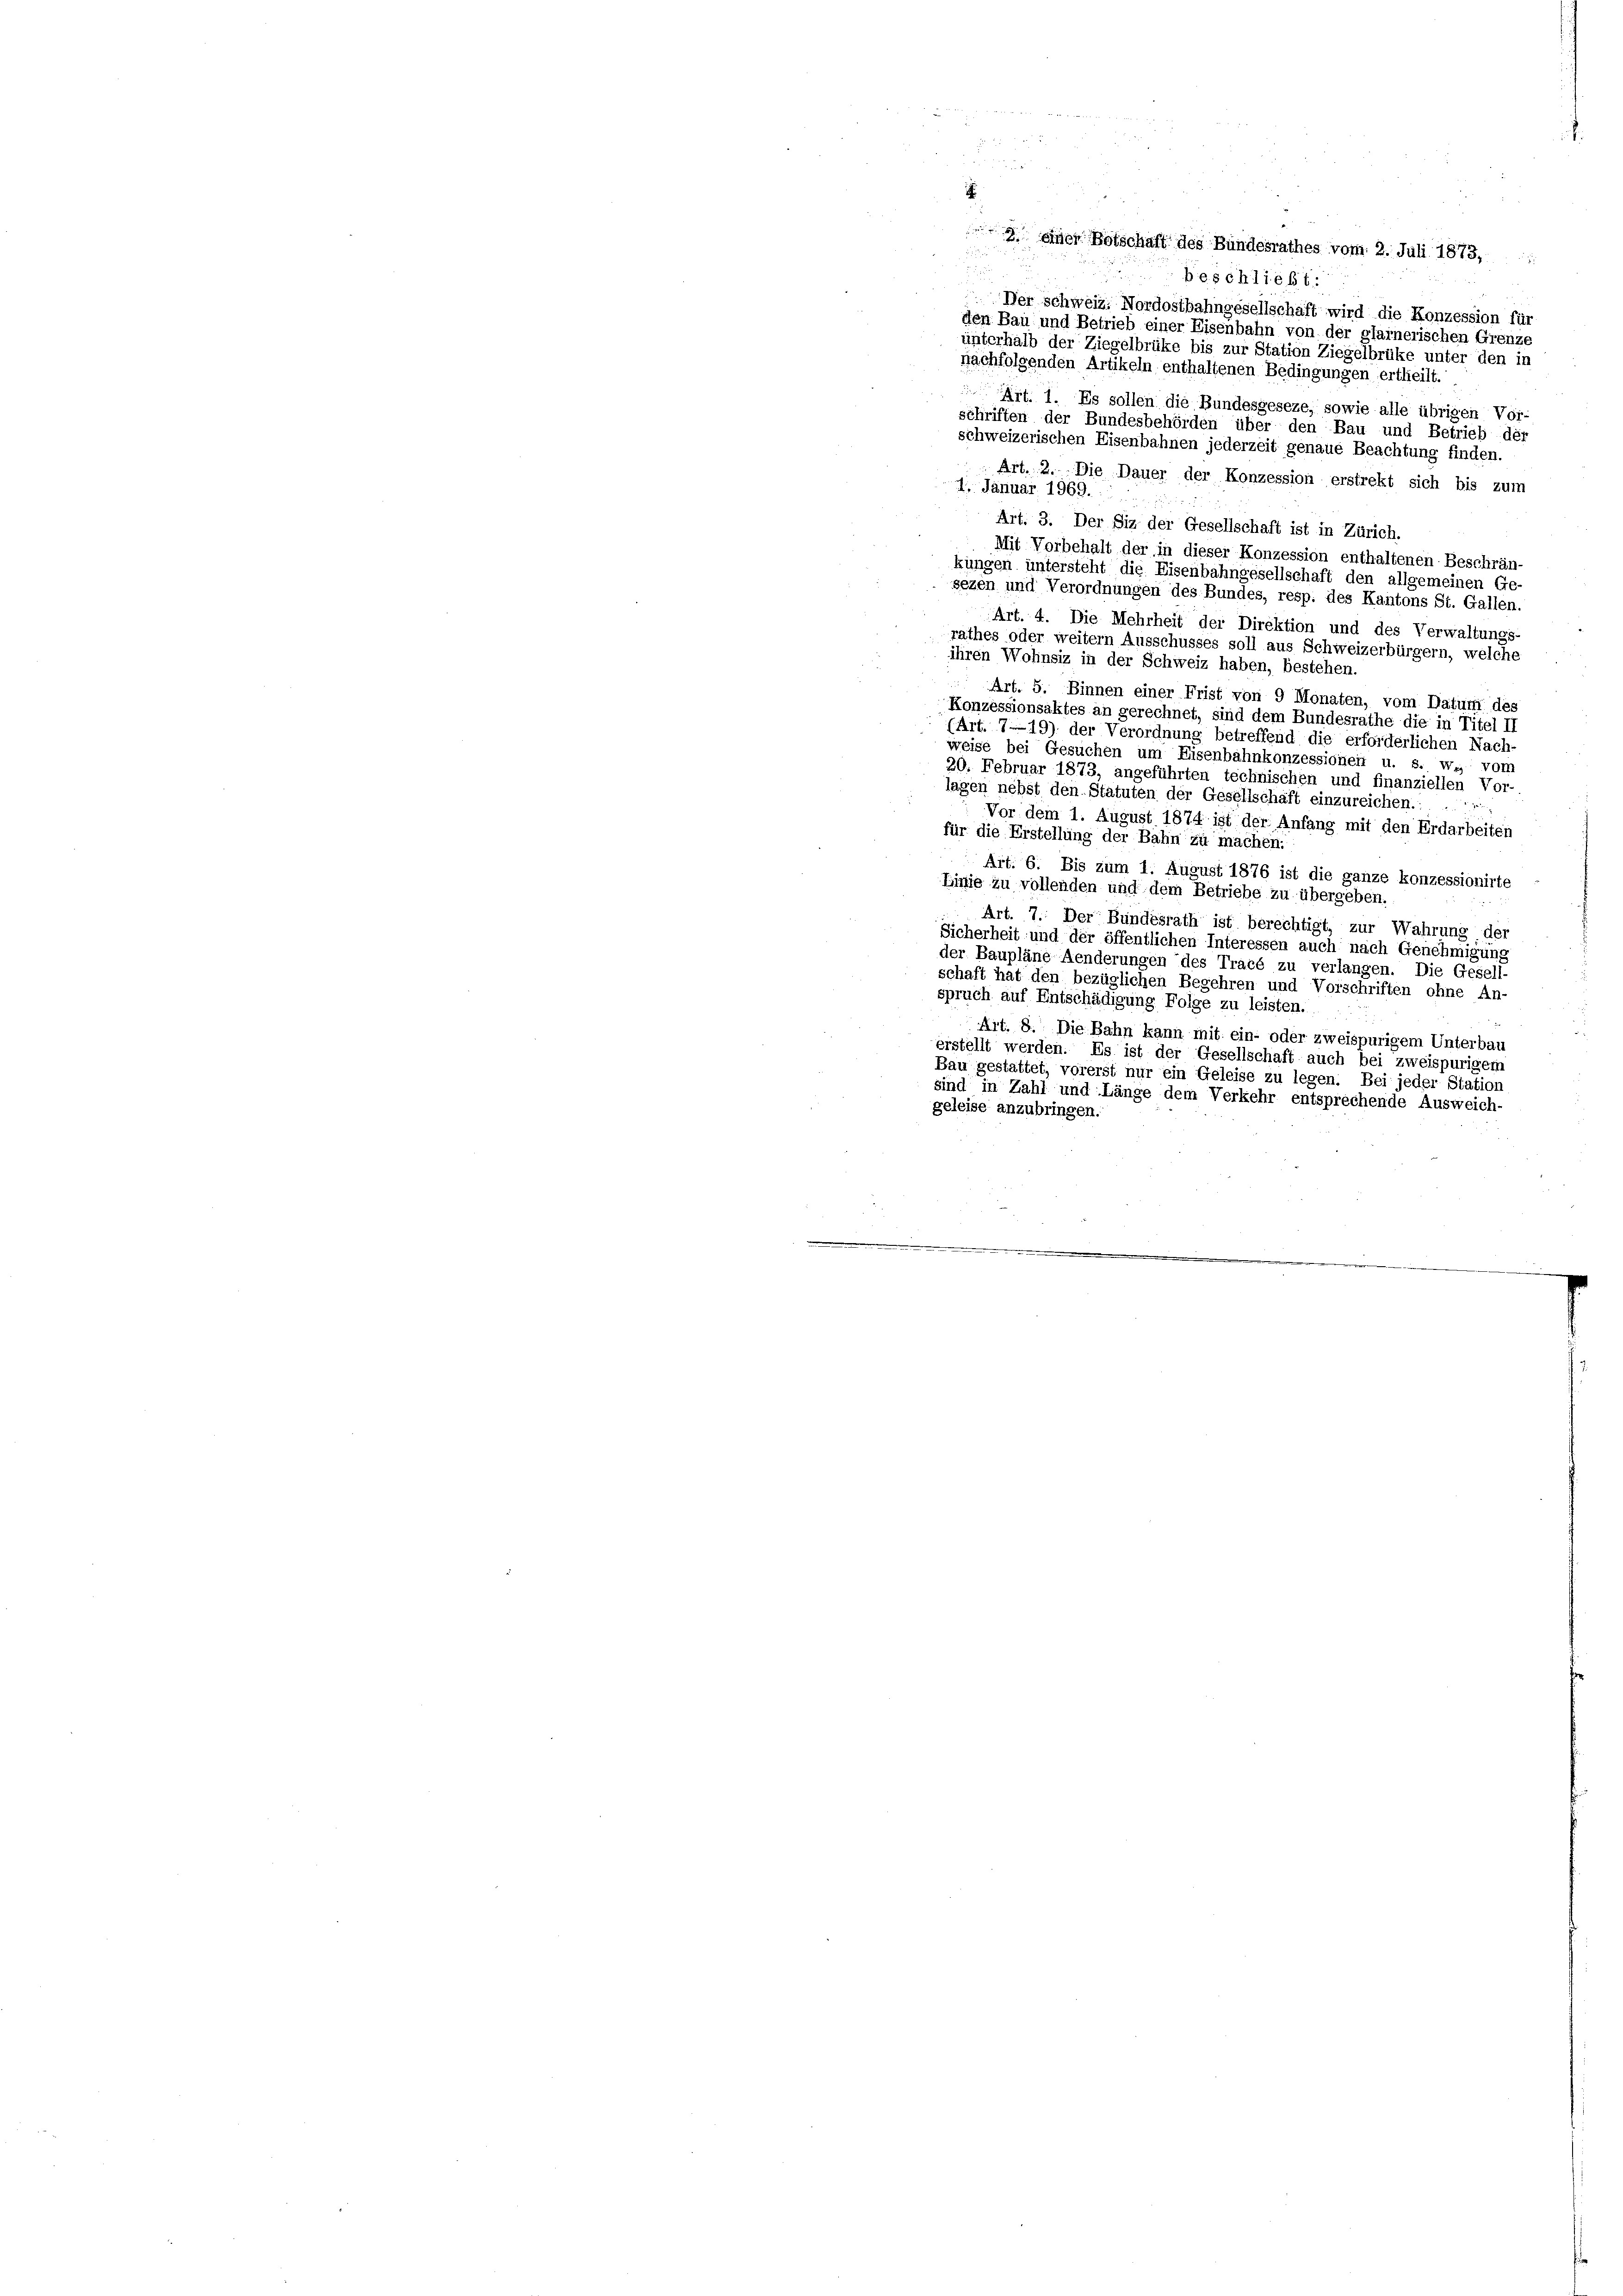
9 einer Botschaft des Bundesrathes vom 2. Juli 1873,
2
Geschließ
Der schweiz. Nordostbahngesellschaft wird die Konzession für
den Bau und Betrieb einer Eisenbahn von der glarnerischen Grenze
unterhalb der Ziegelbrüke bis zur Station Ziegelbrüke unter den in
nachfolgenden Artikeln enthaltenen Bedingungen ertheilt.
Art. 1. Es sollen die Bundesgeseze, sowie alle übrigen Vor-
schriften der Bundesbehörden über den Bau und Betrieb der
schweizerischen Eisenbahnen jederzeit genaue Beachtung finden.
Art. 2. Die Dauer der Konzession erstrekt sich bis zum
4. Januar 1969.
Art. 3. Der Siz der Gesellschaft ist in Zürich.
Mit Vorbehalt der in dieser Konzession enthaltenen Beschrän-
kungen untersteht die Eisenbahngesellschaft den allgemeinen Ge-
sezen und Verordnungen des Bundes, resp. des Kantons St. Gallen
Art. 4. Die Mehrheit der Direktion und des Verwaltungs-
rathes oder weitern Ausschusses soll aus Schweizerbürgern, welche
ihren Wohnsiz in der Schweiz haben, bestehen.
Art. 5. Binnen einer Frist von 9 Monaten, vom Datum des
Konzessionsaktes an gerechnet, sind dem Bundesrathe die in Titel II
(Art. 719) der Verordnung betreffend die erforderlichen Nach-
weise bei Gesuchen um Eisenbahnkonzessionen u. s. w., vom
20. Februar 1873, angeführten technischen und finanziellen Vor-
lagen nebst den Statuten der Gesellschaft einzureichen.:
: Vor dem 1. August 1874 ist der Anfang mit den Erdarbeiten
für die Erstellung der Bahn zu machen:
Art. 6. Bis zum 1. August 1876 ist die ganze konzessionirte
Linie zu vollenden und dem Betriebe zu übergeben.
Art. 7. Der Bundesrath ist berechtigt, zur Wahrung der
Sicherheit und der öffentlichen Interessen auch nach Genehmigung
der Baupläne Aenderungen des Tracé zu verlangen. Die Gesell
schaft hat den bezüglichen Begehren und Vorschriften ohne An-
spruch auf Entschädigung Folge zu leisten.
Art. 8. Die Bahn kann mit ein- oder zweispurigem Unterbau
erstellt werden. Es ist der Gesellschaft auch bei zweispurigem
Bau gestattet, vorerst nur ein Geleise zu legen. Bei jeder Station
sind in Zahl und Länge dem Verkehr entsprechende Ausweich-
geleise anzubringen